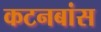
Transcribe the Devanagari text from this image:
कटनबांस